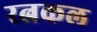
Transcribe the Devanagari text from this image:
रत्नकल